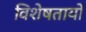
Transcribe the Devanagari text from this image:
विशेषतायों